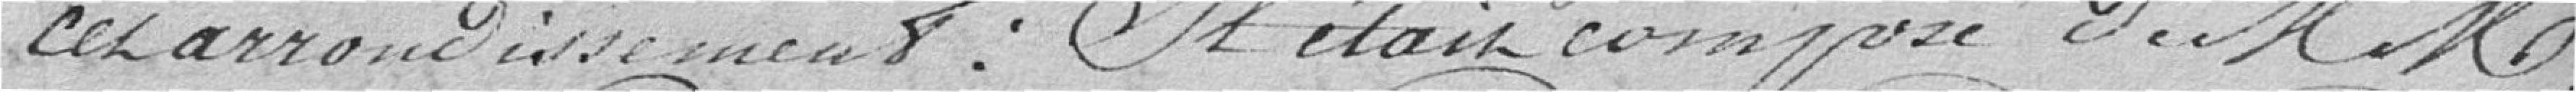
cet arrondissement : Il était composé de MM